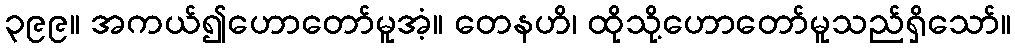
၃၉၉။ အကယ်၍ဟောတော်မူအံ့။ တေနဟိ၊ ထိုသို့ဟောတော်မူသည်ရှိသော်။